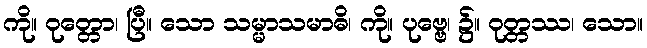
ကို။ ဝုတ္တော၊ ပြီ။ သော သမ္မာသမာဓိ၊ ကို။ ပုဗ္ဗေ၊ ၌။ ဝုတ္တဿ၊ သော။